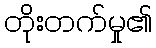
တိုးတက်မှု၏